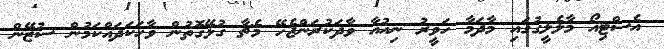
އެސްޓިއޯ މާލެލީގުގައި މާދަމާ ހަވީރު ނިއުއާ ވާދަކުރަންޖެހޭ މެޗާ ގުޅޭގޮތުން ވާހަކަދައްކަމުން ސުޒޭން